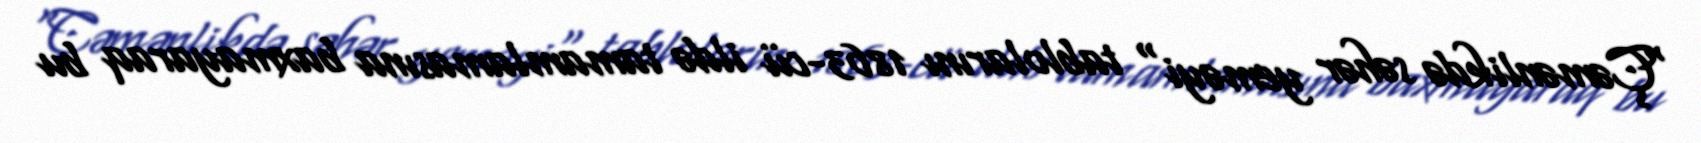
"Çəmənlikdə səhər yeməyi" tablolarını 1863-cü ildə tamamlamasına baxmayaraq bu